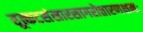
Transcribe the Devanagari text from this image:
तूत्कटसंसारसागरोत्तारणक्षमः